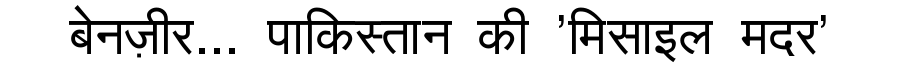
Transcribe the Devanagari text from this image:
बेनज़ीर... पाकिस्तान की 'मिसाइल मदर'